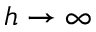
h \to \infty